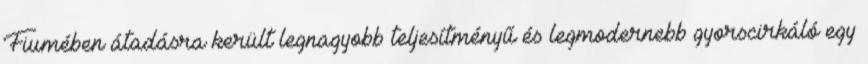
Fiumében átadásra került legnagyobb teljesítményű és legmodernebb gyorscirkáló egy